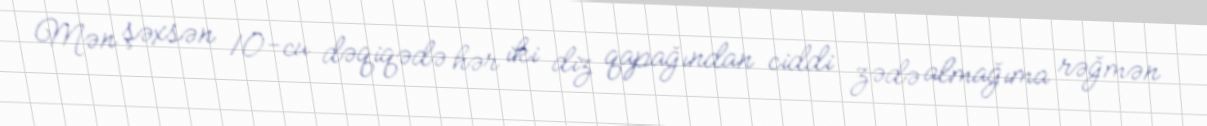
Mən şəxsən 10-cu dəqiqədə hər iki diz qapağından ciddi zədə almağıma rəğmən